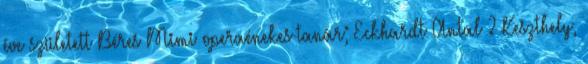
éve született Béres Mimi operaénekes-tanár; Eckhardt Antal ? Keszthely,